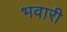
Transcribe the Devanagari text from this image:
भवारी